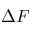
\Delta F